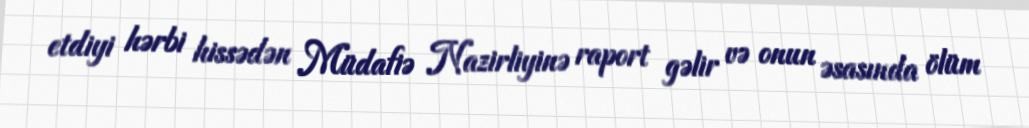
etdiyi hərbi hissədən Müdafiə Nazirliyinə raport gəlir və onun əsasında ölüm